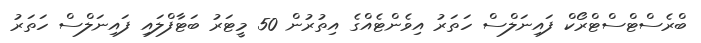
ބްރެސްޓްސްޓްރޯކް ފައިނަލްސް ހަތަރު އިވެންޓެއްގެ އިތުރުން 50 މީޓަރު ބަޓާފްލައި ފައިނަލްސް ހަތަރު